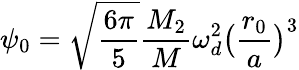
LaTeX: \psi_{0}=\sqrt{\frac{6\pi}{5}}\frac{M_{2}}{M}\omega_{d}^{2}\big(\frac{r_{0}}{a}\big)^{3}